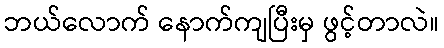
ဘယ်လောက် နောက်ကျပြီးမှ ဖွင့်တာလဲ။